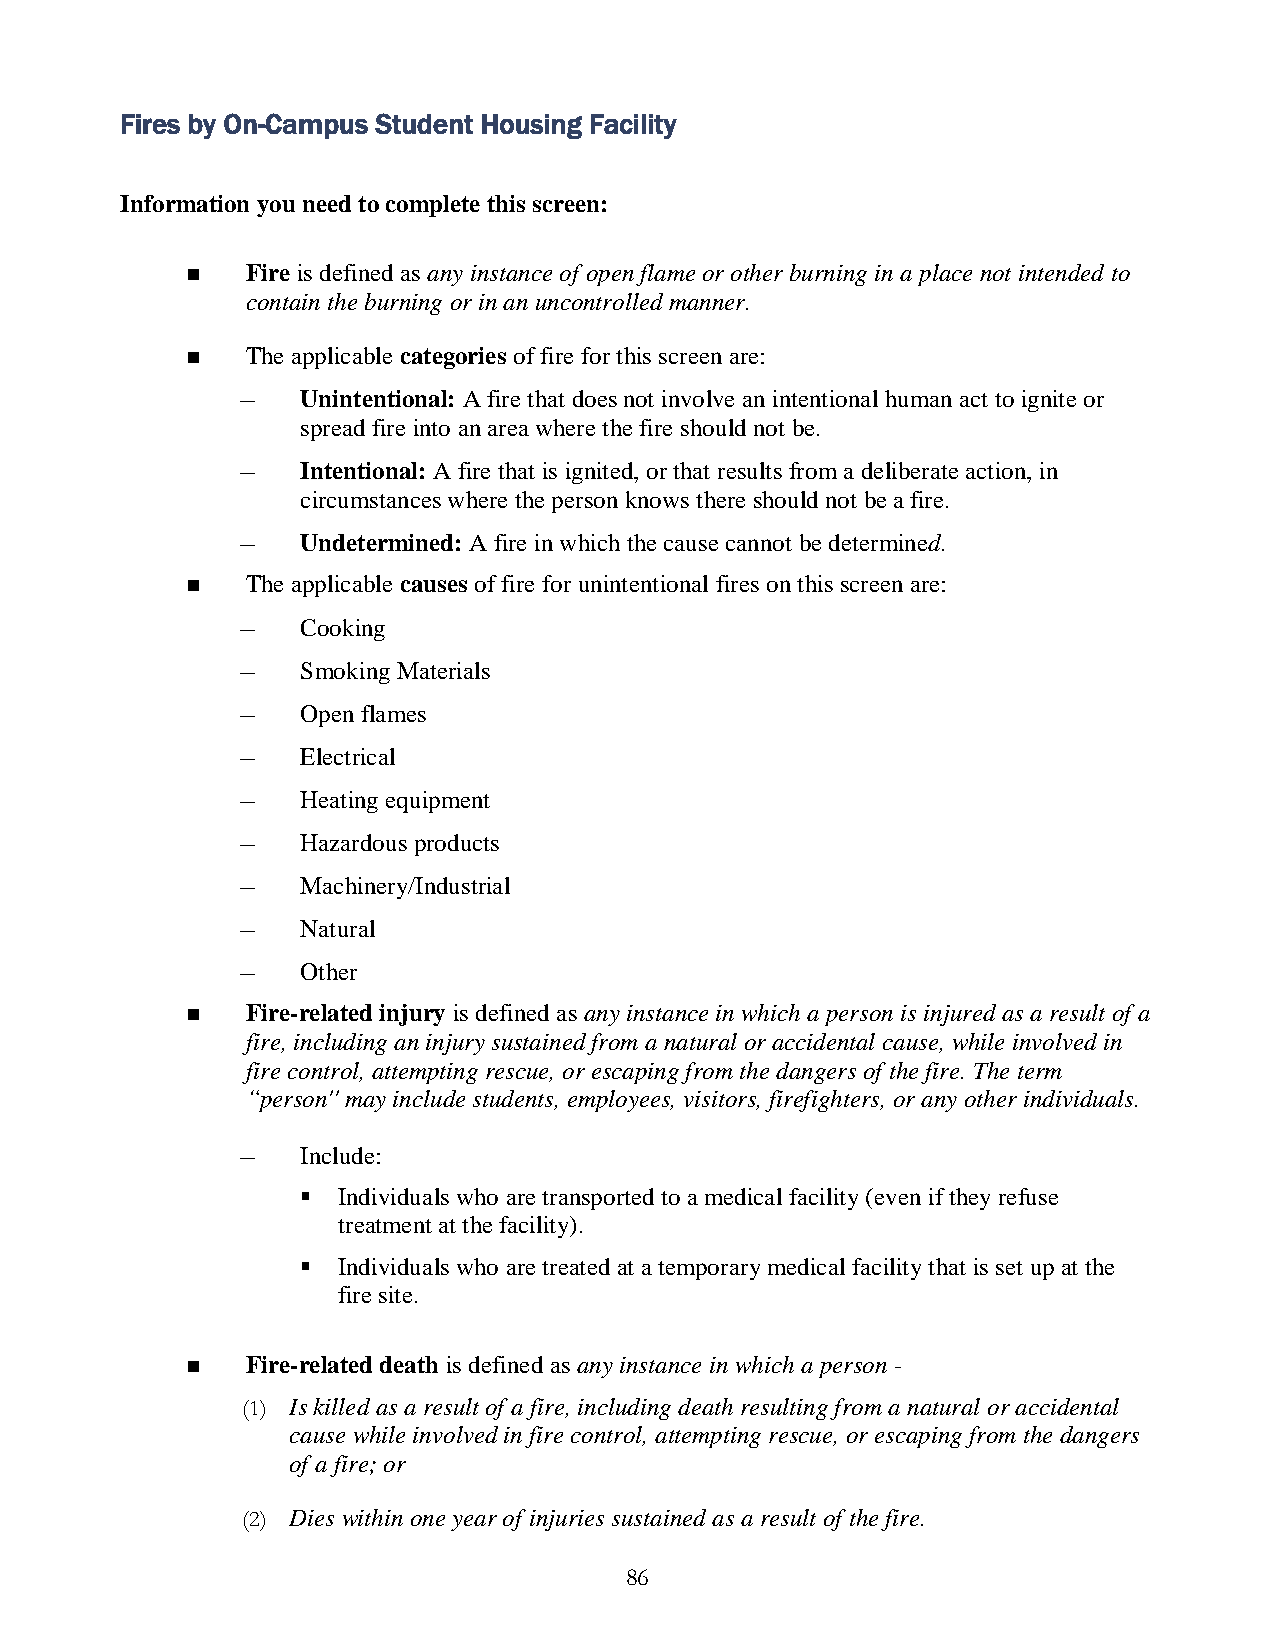
Fires by On-Campus Student Housing Facility
 Information you need to complete this screen:
    Fire is defined as any instance of open flame or other burning in a place not intended to
 contain the burning or in an uncontrolled manner.
    The applicable categories of fire for this screen are:
 –   Unintentional: A fire that does not involve an intentional human act to ignite or
 spread fire into an area where the fire should not be.
 –   Intentional: A fire that is ignited, or that results from a deliberate action, in
 circumstances where the person knows there should not be a fire.
 –   Undetermined: A fire in which the cause cannot be determined.
    The applicable causes of fire for unintentional fires on this screen are:
 –   Cooking
 –   Smoking Materials
 –   Open flames
 –   Electrical
 –   Heating equipment
 –   Hazardous products
 –   Machinery/Industrial
 –   Natural
 –   Other
    Fire-related injury is defined as any instance in which a person is injured as a result of a
 fire, including an injury sustained from a natural or accidental cause, while involved in
 fire control, attempting rescue, or escaping from the dangers of the fire. The term
 “person'' may include students, employees, visitors, firefighters, or any other individuals.
 –   Include:
  Individuals who are transported to a medical facility (even if they refuse
 treatment at the facility).
  Individuals who are treated at a temporary medical facility that is set up at the
 fire site.
    Fire-related death is defined as any instance in which a person -
 (1) Is killed as a result of a fire, including death resulting from a natural or accidental
 cause while involved in fire control, attempting rescue, or escaping from the dangers
 of a fire; or
 (2) Dies within one year of injuries sustained as a result of the fire.
 86